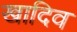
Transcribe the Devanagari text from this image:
खादिव